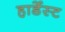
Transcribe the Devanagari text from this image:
हार्डेस्ट